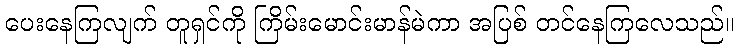
ပေးနေကြလျက် တူရှင်ကို ကြိမ်းမောင်းမာန်မဲကာ အပြစ် တင်နေကြလေသည်။